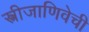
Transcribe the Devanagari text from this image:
स्त्रीजाणिवेची